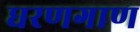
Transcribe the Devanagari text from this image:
धरणगाण